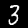
Digit: 3